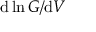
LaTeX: \mathrm { d } \ln G / \mathrm { d } V